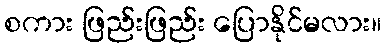
စကား ဖြည်းဖြည်း ပြောနိုင်မလား။